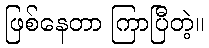
ဖြစ်နေတာ ကြာပြီတဲ့။